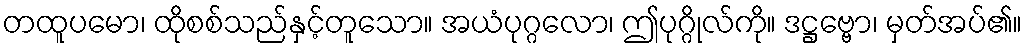
တထူပမော၊ ထိုစစ်သည်နှင့်တူသော။ အယံပုဂ္ဂလော၊ ဤပုဂ္ဂိုလ်ကို။ ဒဋ္ဌဗ္ဗော၊ မှတ်အပ်၏။